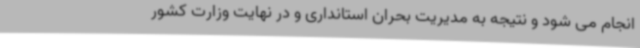
انجام می شود و نتیجه به مدیریت بحران استانداری و در نهایت وزارت کشور